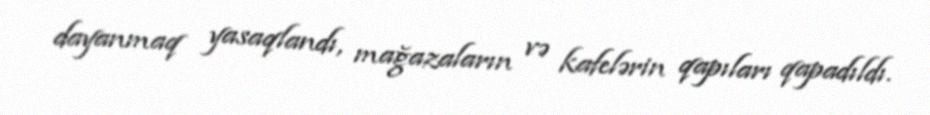
dayanmaq yasaqlandı, mağazaların və kafelərin qapıları qapadıldı.